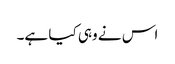
اس نے وہی کیا ہے۔